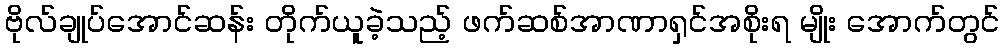
ဗိုလ်ချုပ်အောင်ဆန်း တိုက်ယူခဲ့သည့် ဖက်ဆစ်အာဏာရှင်အစိုးရ မျိုး အောက်တွင်